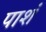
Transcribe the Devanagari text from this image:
पाशं